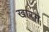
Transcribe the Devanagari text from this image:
खारम